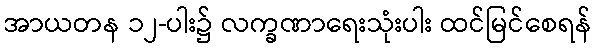
အာယတန ၁၂-ပါး၌ လက္ခဏာရေးသုံးပါး ထင်မြင်စေရန်